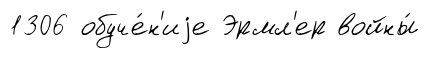
1306 обуче́н'иjе Эрмл'ер войны́